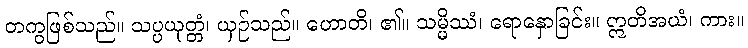
တကွဖြစ်သည်။ သပ္ပယုတ္တံ၊ ယှဉ်သည်။ ဟောတိ၊ ၏။ သမ္မိဿံ၊ ရောနှောခြင်း။ ဣတိအယံ၊ ကား။